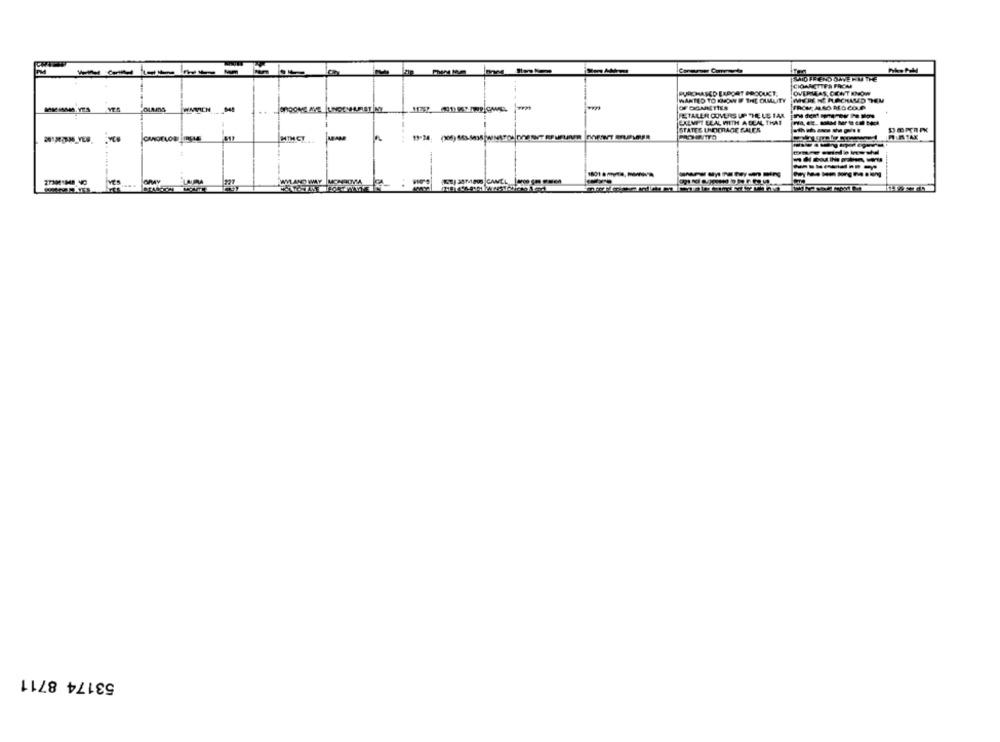
BUTD FE ENO DAVE PILI THE
CIGARETTES FROM
OVEMAAS, CONT KNOW
WANTED TO KNOW IF THE CAMUITY
MERE HE RACHAMED TEM
WMOICH
OF CIGARETTES
FETALER COVERS UP THE US TAR
SALVI'T ELAL WITH A DEAL THAT
STATES UNDERAGE SALES
MBAM
19-34
GRAY
CLAIRA
27301848 40
VES
...
53174 8711